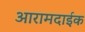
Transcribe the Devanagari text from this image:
आरामदाईक